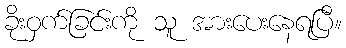
ခိုးဝှက်ခြင်းကို သူ အားပေးနေရပြီ။